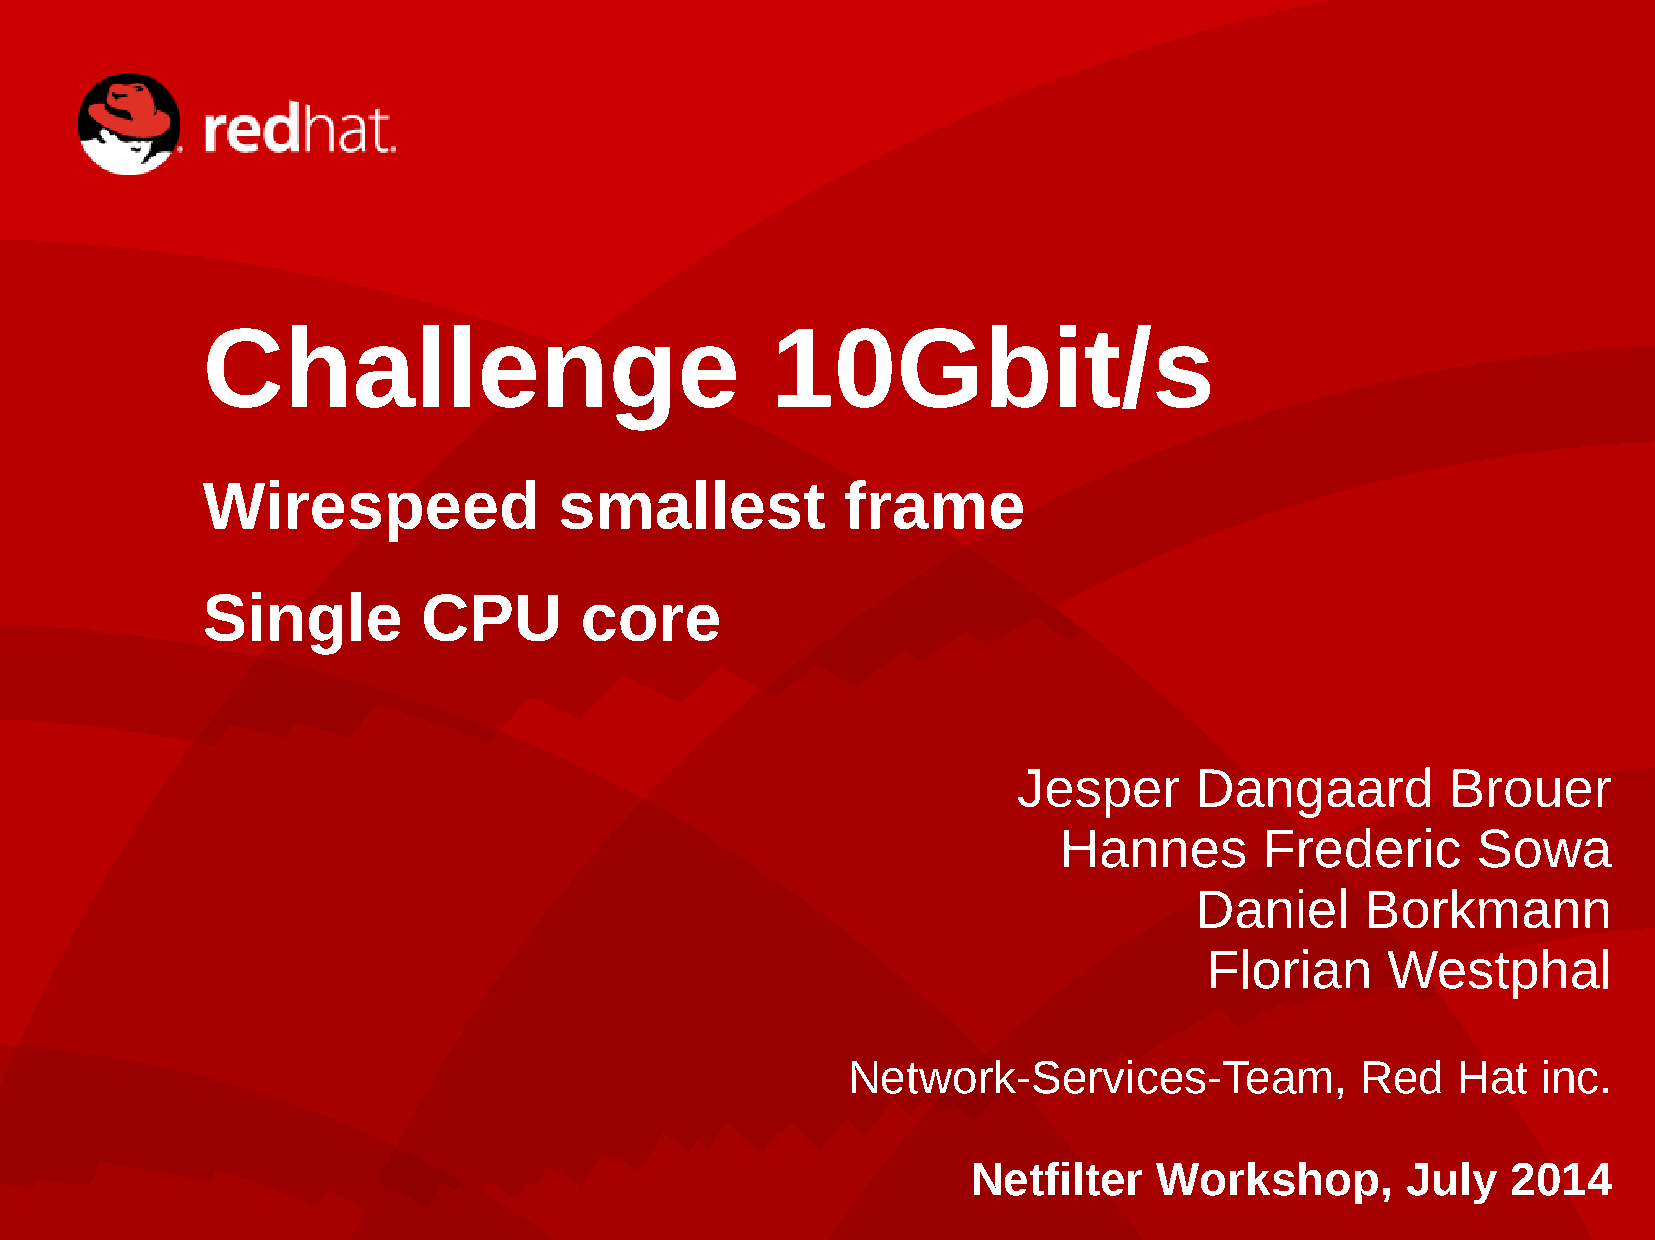
Challenge                             10Gbit/s
 Wirespeed               smallest           frame
 Single         CPU       core
 Jesper      Dangaard         Brouer
 Hannes        Frederic      Sowa
 Daniel     Borkmann
 Florian     Westphal
 Network-Services-Team,            Red   Hat   inc.
 Netfilter    Workshop,       July   2014
 1/33                             Challenge: 10Gbit/s wirespeed and beyond